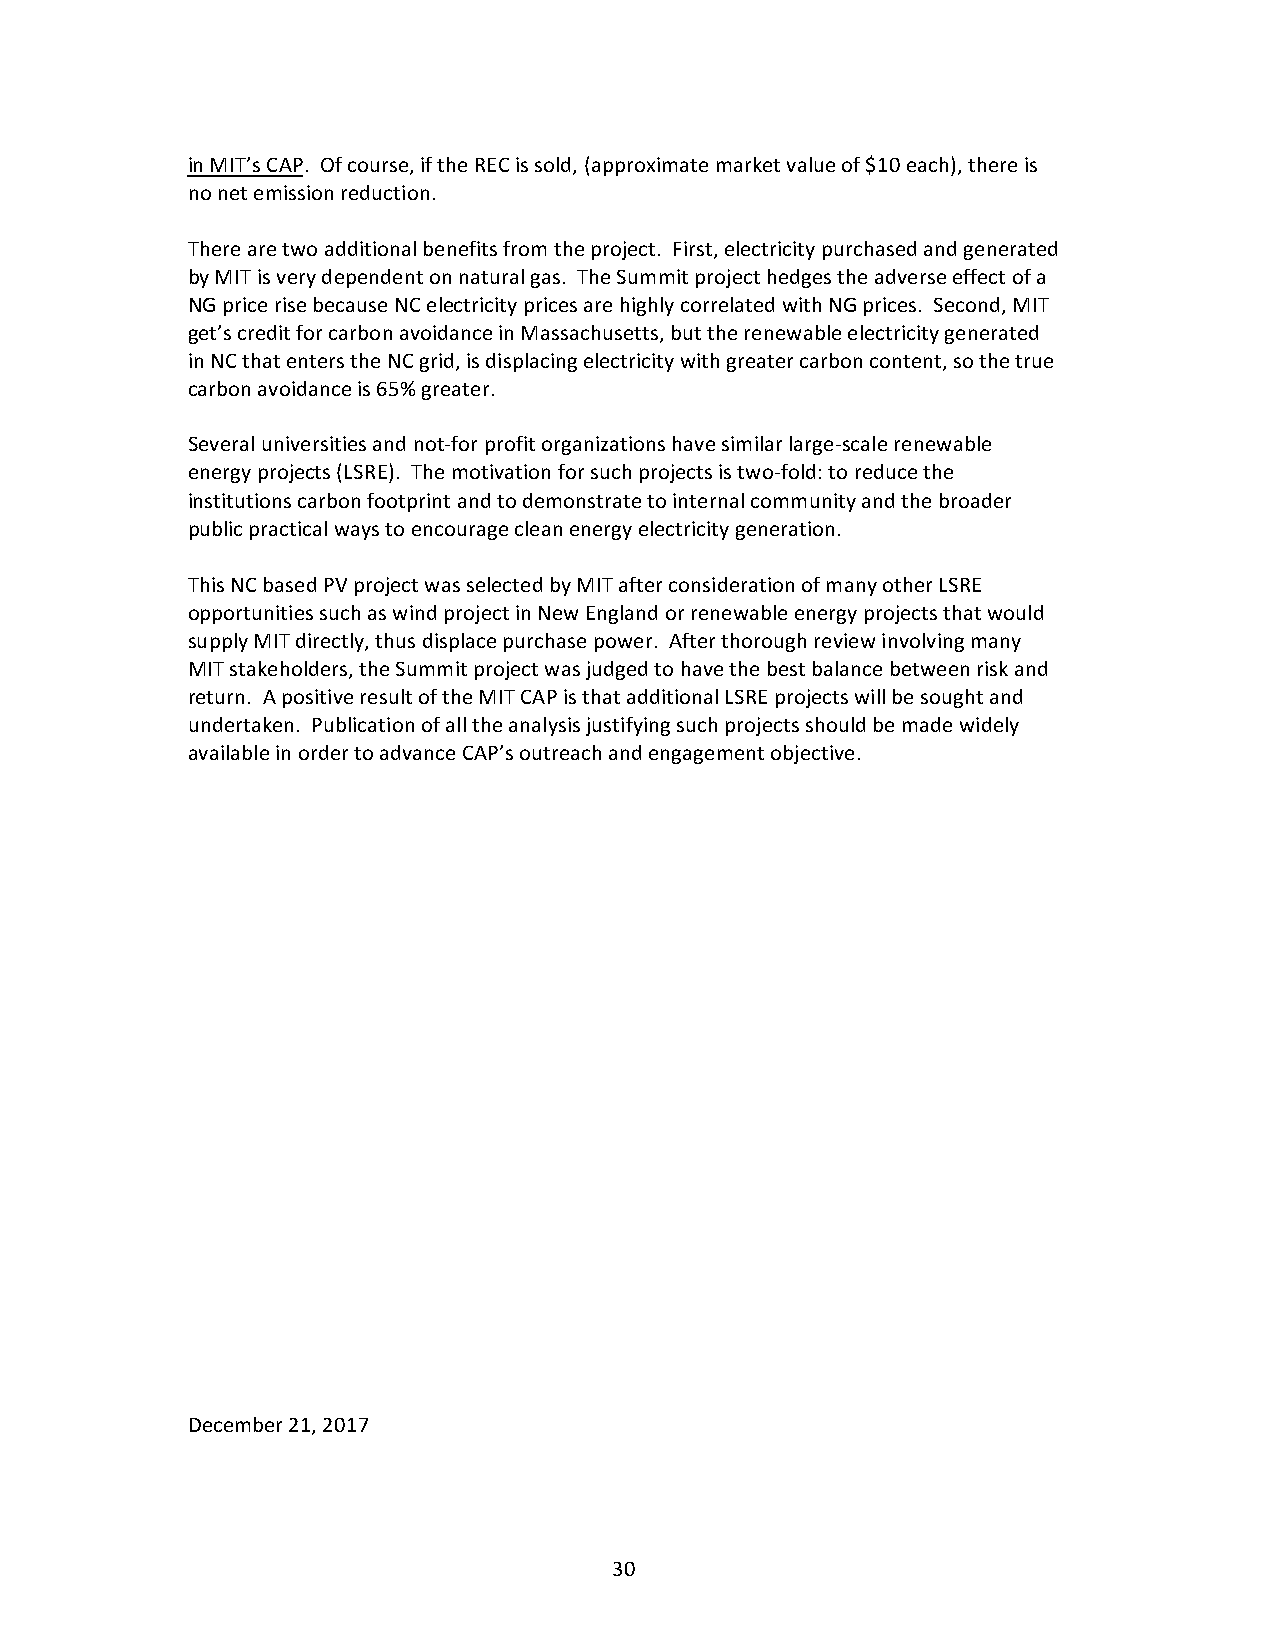
in MIT’s CAP. Of course, if the REC is sold, (approximate market value of $10 each), there is
 no net emission reduction.
 There are two additional benefits from the project. First, electricity purchased and generated
 by MIT is very dependent on natural gas. The Summit project hedges the adverse effect of a
 NG price rise because NC electricity prices are highly correlated with NG prices. Second, MIT
 get’s credit for carbon avoidance in Massachusetts, but the renewable electricity generated
 in NC that enters the NC grid, is displacing electricity with greater carbon content, so the true
 carbon avoidance is 65% greater.
 Several universities and not-for profit organizations have similar large-scale renewable
 energy projects (LSRE). The motivation for such projects is two-fold: to reduce the
 institutions carbon footprint and to demonstrate to internal community and the broader
 public practical ways to encourage clean energy electricity generation.
 This NC based PV project was selected by MIT after consideration of many other LSRE
 opportunities such as wind project in New England or renewable energy projects that would
 supply MIT directly, thus displace purchase power. After thorough review involving many
 MIT stakeholders, the Summit project was judged to have the best balance between risk and
 return. A positive result of the MIT CAP is that additional LSRE projects will be sought and
 undertaken. Publication of all the analysis justifying such projects should be made widely
 available in order to advance CAP’s outreach and engagement objective.
 December 21, 2017
 30